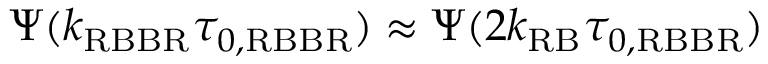
\Psi ( k _ { \mathrm { R B B R } } \tau _ { 0 , \mathrm { R B B R } } ) \approx \Psi ( 2 k _ { \mathrm { R B } } \tau _ { 0 , \mathrm { R B B R } } )